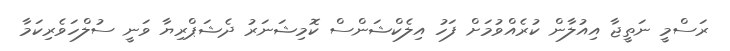
ރަސްމީ ނަތީޖާ އިއުލާން ކުރެއްވުމަށް ފަހު އިލެކްޝަންސް ކޮމިޝަނަރު ދެޝަޕްރިޔާ ވަނީ ސުލްހަވެރިކަމާ